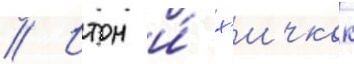
// Итон и́ х'ичкок